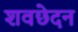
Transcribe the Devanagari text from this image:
शवछेदन